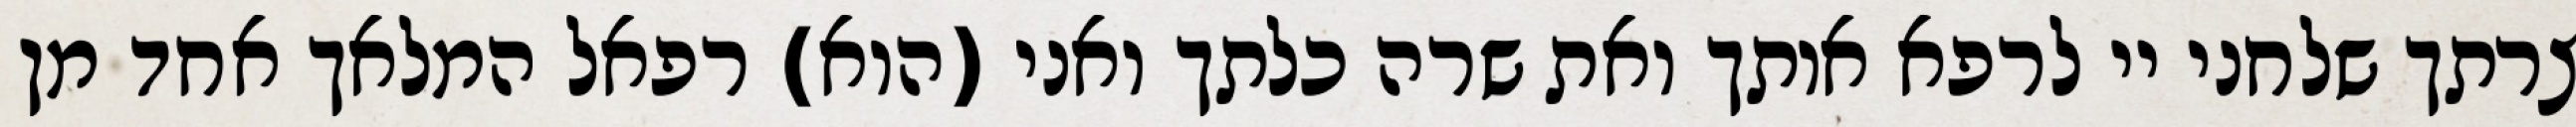
צרתך שלחני יי לרפא אותך ואת שרה כלתך ואני (הוא) רפאל המלאך אחד מן